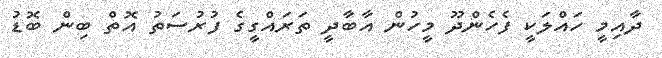
ދާއިމީ ހައްލަކީ ފެހެންދޫ މީހުން އާބާދީ ތަރައްގީގެ ފުރުސަތު އޮތް ބިން ބޮޑު